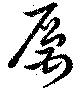
厲